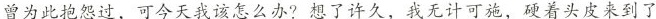
曾为此抱怨过，可今天我该怎么办?想了许久，我无计可施，硬着头皮来到了